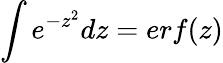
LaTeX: \int e^{-z^{2}}dz=erf(z)